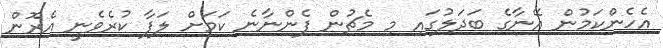
އެހެންކަމުން އޭނާގެ ބަދަލުގައި މި މެޗުން ފެންނާނެ ކަމަށް ލަފާ ކުރެވެނީ އެރޮން